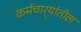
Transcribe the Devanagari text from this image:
कर्मचार्‍यांतील